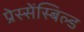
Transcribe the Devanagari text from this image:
प्रेस्सेंस्बिल्ड